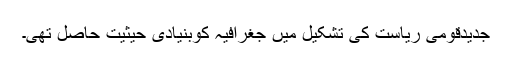
جدیدقومی ریاست کی تشکیل میں جغرافیہ کوبنیادی حیثیت حاصل تھی۔